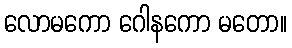
လောမကော ဂေါနကော မတော။